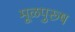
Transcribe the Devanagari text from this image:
मूळपुरूष